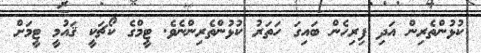
ކުޅުންތެރިން އަދި ފިރިހެން ބައިގަ ހަތަރު ކުޅުންތެރިންނެވެ. ޓީމްގެ ކޯޗަކީ ޤައުމީ ޓީމަށް